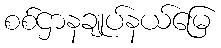
စစ်ဌာနချုပ်နယ်မြေ